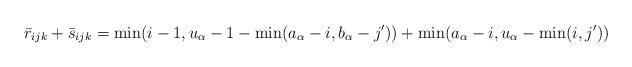
LaTeX: \begin{align*}\bar{r}_{ijk}+\bar{s}_{ijk}=\min(i-1,u_{\alpha}-1-\min(a_\alpha-i,b_\alpha-j'))+\min(a_\alpha-i,u_{\alpha}-\min(i,j'))\end{align*}